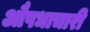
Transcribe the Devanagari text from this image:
औषधाचारी